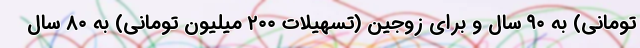
تومانی) به ۹۰ سال و برای زوجین (تسهیلات ۲۰۰ میلیون تومانی) به ۸۰ سال